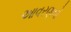
આવરણનો